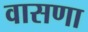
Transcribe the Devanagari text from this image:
वासणा